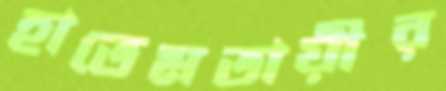
হাতেমতায়ীর